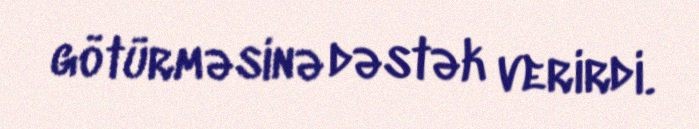
götürməsinə dəstək verirdi.